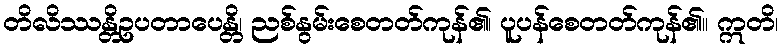
တိလိဿန္တိဥပတာပေန္တိ၊ ညစ်နွမ်းစေတတ်ကုန်၏၊ ပူပန်စေတတ်ကုန်၏။ ဣတိ၊